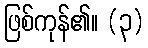
ဖြစ်ကုန်၏။ (၃)